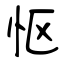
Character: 怄